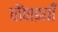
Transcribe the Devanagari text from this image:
चौंपाइयाँ